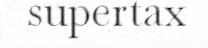
supertax